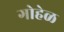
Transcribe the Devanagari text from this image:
गोहेळ